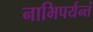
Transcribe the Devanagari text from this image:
नाभिपर्यन्तं